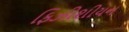
ફિઝીશીયન